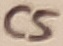
Text: C5